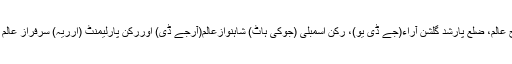
قابل ذکرہے کہ یہاں فی الحال مکھیامحمدمعراج عالم، ضلع پارشد گلشن آراء(جے ڈی یو)، رکن اسمبلی (جوکی ہاٹ) شاہنوازعالم(آرجے ڈی) اوررکن پارلیمنٹ (ارریہ) سرفراز عالم ابن سیمانچل گاندھی تسلیم الدین (آرجے ڈی)ہیں۔